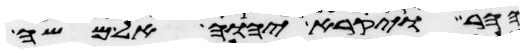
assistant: ההר ויקרא יהוה אל משה